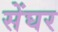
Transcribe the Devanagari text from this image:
सेंघर